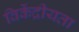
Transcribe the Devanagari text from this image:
विकेंद्रीयता